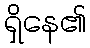
ရှိနေ၏